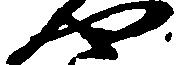
や